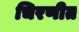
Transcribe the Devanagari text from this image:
चिरणीत